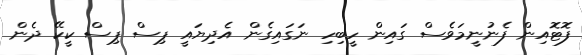
ފޮޓޮއިން ފެނުނީމަވެސް ގައިން ހީބިހި ނަގައިގެން އެދިޔައީ ޕިސް ޕިިސް ކީކޭ ދެން